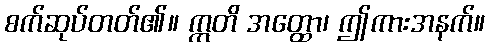
စက်ဆုပ်တတ်၏။ ဣတိ အတ္ထော၊ ဤကားအနက်။